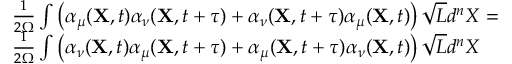
\begin{array} { r l } & { \frac { 1 } { 2 \Omega } \int \left( \alpha _ { \mu } ( { \bf X } , t ) \alpha _ { \nu } ( { \bf X } , t + \tau ) + \alpha _ { \nu } ( { \bf X } , t + \tau ) \alpha _ { \mu } ( { \bf X } , t ) \right) \sqrt { L } d ^ { n } X = } \\ & { \frac { 1 } { 2 \Omega } \int \left( \alpha _ { \nu } ( { \bf X } , t ) \alpha _ { \mu } ( { \bf X } , t + \tau ) + \alpha _ { \mu } ( { \bf X } , t + \tau ) \alpha _ { \nu } ( { \bf X } , t ) \right) \sqrt { L } d ^ { n } X } \end{array}